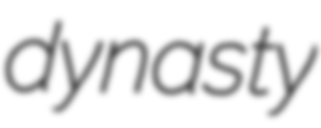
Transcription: dynasty